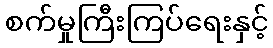
စက်မှုကြီးကြပ်ရေးနှင့်